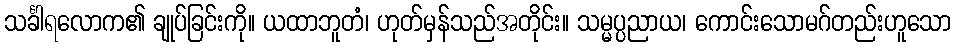
သင်္ခါရလောက၏ ချုပ်ခြင်းကို။ ယထာဘူတံ၊ ဟုတ်မှန်သည်အတိုင်း။ သမ္မပ္ပညာယ၊ ကောင်းသောမဂ်တည်းဟူသော